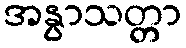
အနွာသတ္တာ